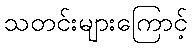
သတင်းများကြောင့်